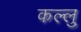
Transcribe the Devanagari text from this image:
कल्लु